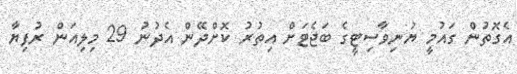
އެގޮތުން ގައުމީ ޔުނިވާސިޓީގެ ބަޖެޓަށް އިތުރު ކޮށްދޭން އެދުނު 29 މިލިއަން ރުފިޔާ